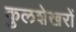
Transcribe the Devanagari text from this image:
कुलशेखरों